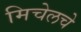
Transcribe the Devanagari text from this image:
मिचेलचे